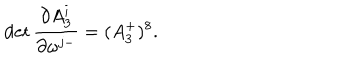
\det { \frac { \partial A _ { 3 } ^ { i } } { \partial \omega ^ { j - } } } = ( A _ { 3 } ^ { + } ) ^ { 8 } .